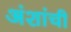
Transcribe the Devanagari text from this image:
अंशांची